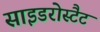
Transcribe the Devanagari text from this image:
साइडरोस्टैट